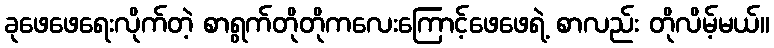
ခုဖေဖေရေးလိုက်တဲ့ စာရွက်တိုတိုကလေးကြောင့်ဖေဖေရဲ့ စာလည်း တိုလိမ့်မယ်။